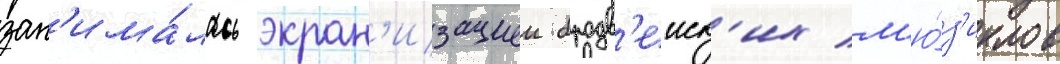
зан'има́лась экран'изациеи бродв'еиск'их м'ю́з'иклов